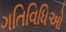
ગતિવિધિઓ